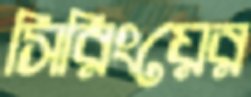
সিরিংয়ের